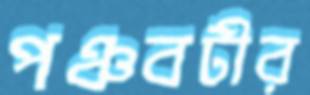
পঞ্চবটীর